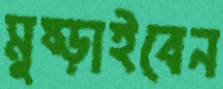
মুষ্‌ড়াইবেন